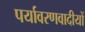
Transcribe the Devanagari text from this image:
पर्यावरणवादीयों